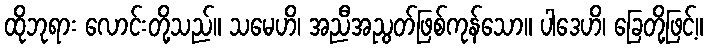
ထိုဘုရား လောင်းတို့သည်။ သမေဟိ၊ အညီအညွတ်ဖြစ်ကုန်သော။ ပါဒေဟိ၊ ခြေတို့ဖြင့်။